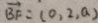
\overrightarrow { B F } = ( 0 , 2 , a )